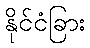
နိုင်ငံခြား